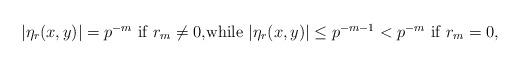
LaTeX: \begin{align*}\mbox{$|\eta_r(x,y)|=p^{-m}$ if $r_m\not=0$,while $|\eta_r(x,y)|\leq p^{-m-1}<p^{-m}$ if $r_m=0$,}\end{align*}